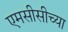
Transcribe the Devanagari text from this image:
एमसीसीच्या